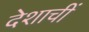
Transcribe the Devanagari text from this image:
देशाचीं